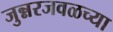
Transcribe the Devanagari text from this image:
जुन्नरजवळच्या